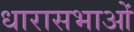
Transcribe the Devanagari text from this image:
धारासभाओं